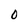
Character: O